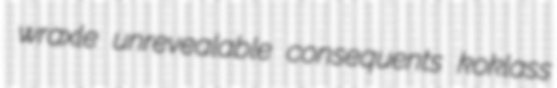
wraxle unrevealable consequents koklass